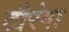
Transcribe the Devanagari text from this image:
टौरंगा